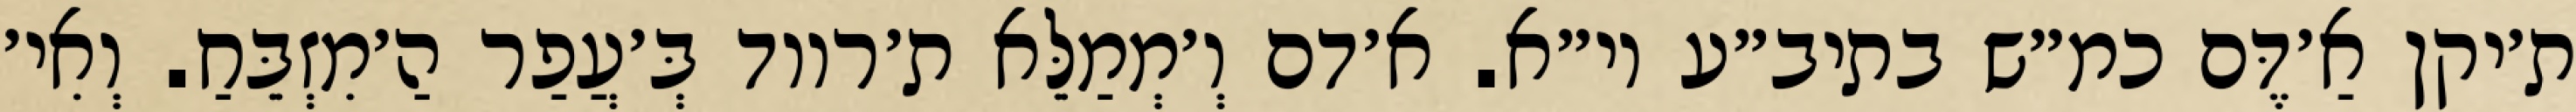
ת׳יקן אַ׳דֶּם כמ״ש בתיב״ע וי״א. א׳דם וְ׳מְמַלֵּא ת׳רווד בְּ׳עֲפַר הַ׳מִזְבֵּחַ. וְאִי׳